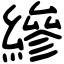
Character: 縿